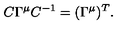
C \Gamma ^ { \mu } C ^ { - 1 } = ( \Gamma ^ { \mu } ) ^ { T } .